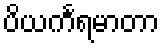
ပိယင်္ကရမာတာ